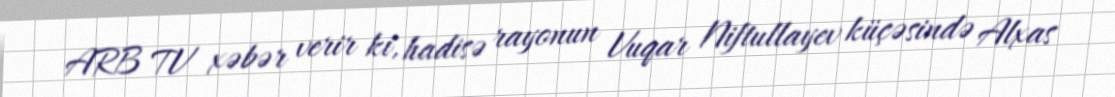
ARB TV xəbər verir ki, hadisə rayonun Vuqar Niftullayev küçəsində Alxas